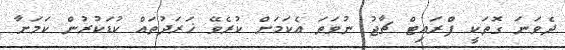
ދެވަނަ ގޮތަކީ ފްރައިޓް ޗާޖު ނުވަތަ އެކަމަށް ކުރެވޭ ޚަރަދުތައް ކުޑަކުރުން ކަމަށާ